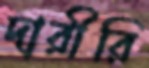
দারীরি